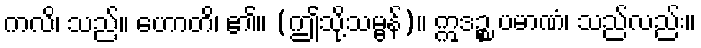
ကလိ၊ သည်။ ဟောတိ၊ ၏။ (ဤသို့သမ္ဗန်)။ ဣဒဉ္စ ပမာဏံ၊ သည်လည်း။